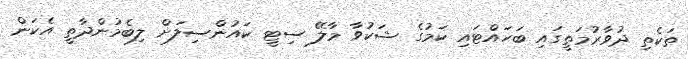
ތަކެތި ދުވާރުމަތީގައި ބަހައްޓައި ކަމުގެ ޝަކުވާ މާލޭ ސިޓީ ކައުންސިލަށް ލިބެމުންދާތީ އެކަން